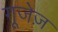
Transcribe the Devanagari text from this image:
गूजेज़